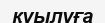
қуылуға